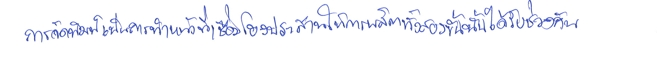
การจัดพิมพ์เป็นการทำหน้าที่เชื่อมโยงประสานให้การผลิตทั้งสองขั้นนั้นได้รับช่วงกัน